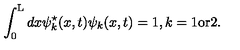
\int _ { 0 } ^ { \mathrm { L } } d x { \psi } _ { k } ^ { \star } ( x , t ) { \psi } _ { k } ( x , t ) = 1 , k = 1 \mathrm { o r } 2 .